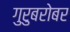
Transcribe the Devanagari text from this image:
गुरुबरोबर